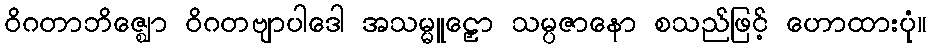
ဝိဂတာဘိဇ္ဈော ဝိဂတဗျာပါဒေါ အသမ္မူဠှော သမ္ပဇာနော စသည်ဖြင့် ဟောထားပုံ။